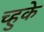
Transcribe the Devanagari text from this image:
च्हुके